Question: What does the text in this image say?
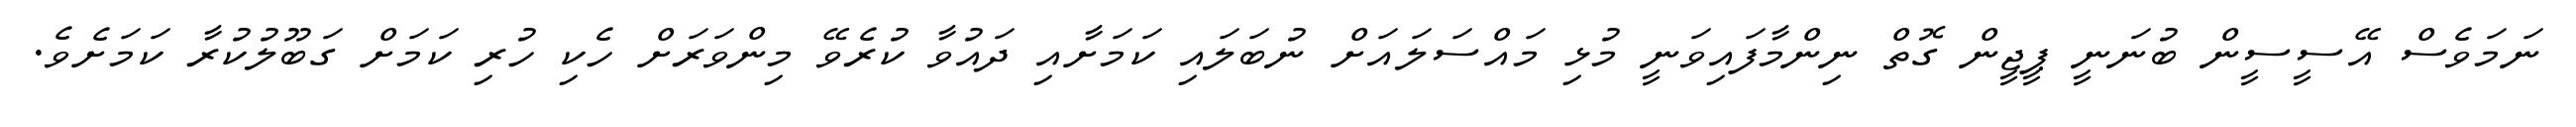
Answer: ނަމަވެސް އޭސީސީން ބުނަނީ ޕީޖީން ގޮތް ނިންމާފައިވަނީ މުޅި މައްސަލައަށް ނުބަލައި ކަމަށާއި ދައުވާ ކުރެވޭ މިންވަރަށް ހެކި ހުރި ކަމަށް ގަބޫލުކުރާ ކަމަށެވެ.